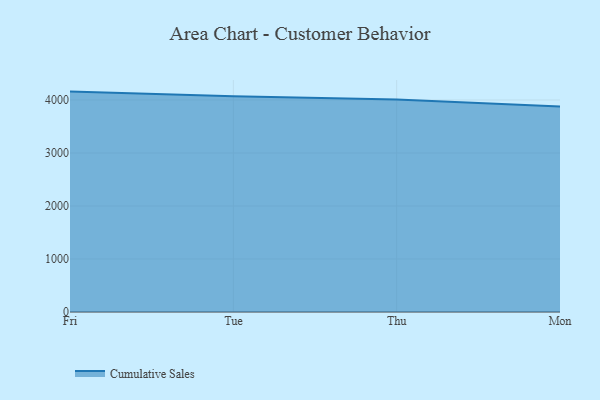
{"axis": {"x": "Day", "y": "Energy Usage (MWh)"}, "legend": ["Cumulative Sales"], "data": [{"x": "Fri", "y": 4157.7, "type": "Cumulative Sales"}, {"x": "Tue", "y": 4069.6, "type": "Cumulative Sales"}, {"x": "Thu", "y": 4006.9, "type": "Cumulative Sales"}, {"x": "Mon", "y": 3876.8, "type": "Cumulative Sales"}]}